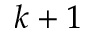
k + 1